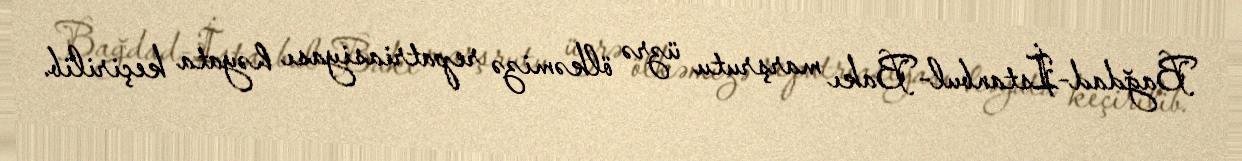
Bağdad-İstanbul-Bakı marşrutu üzrə ölkəmizə repatriasiyası həyata keçirilib.